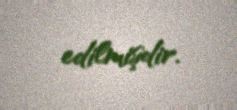
edilmişdir.